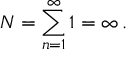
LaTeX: N = \sum _ { n = 1 } ^ { \infty } 1 = \infty \, { . }